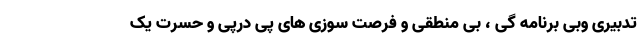
تدبیری وبی برنامه گی ، بی منطقی و فرصت سوزی های پی درپی و حسرت یک